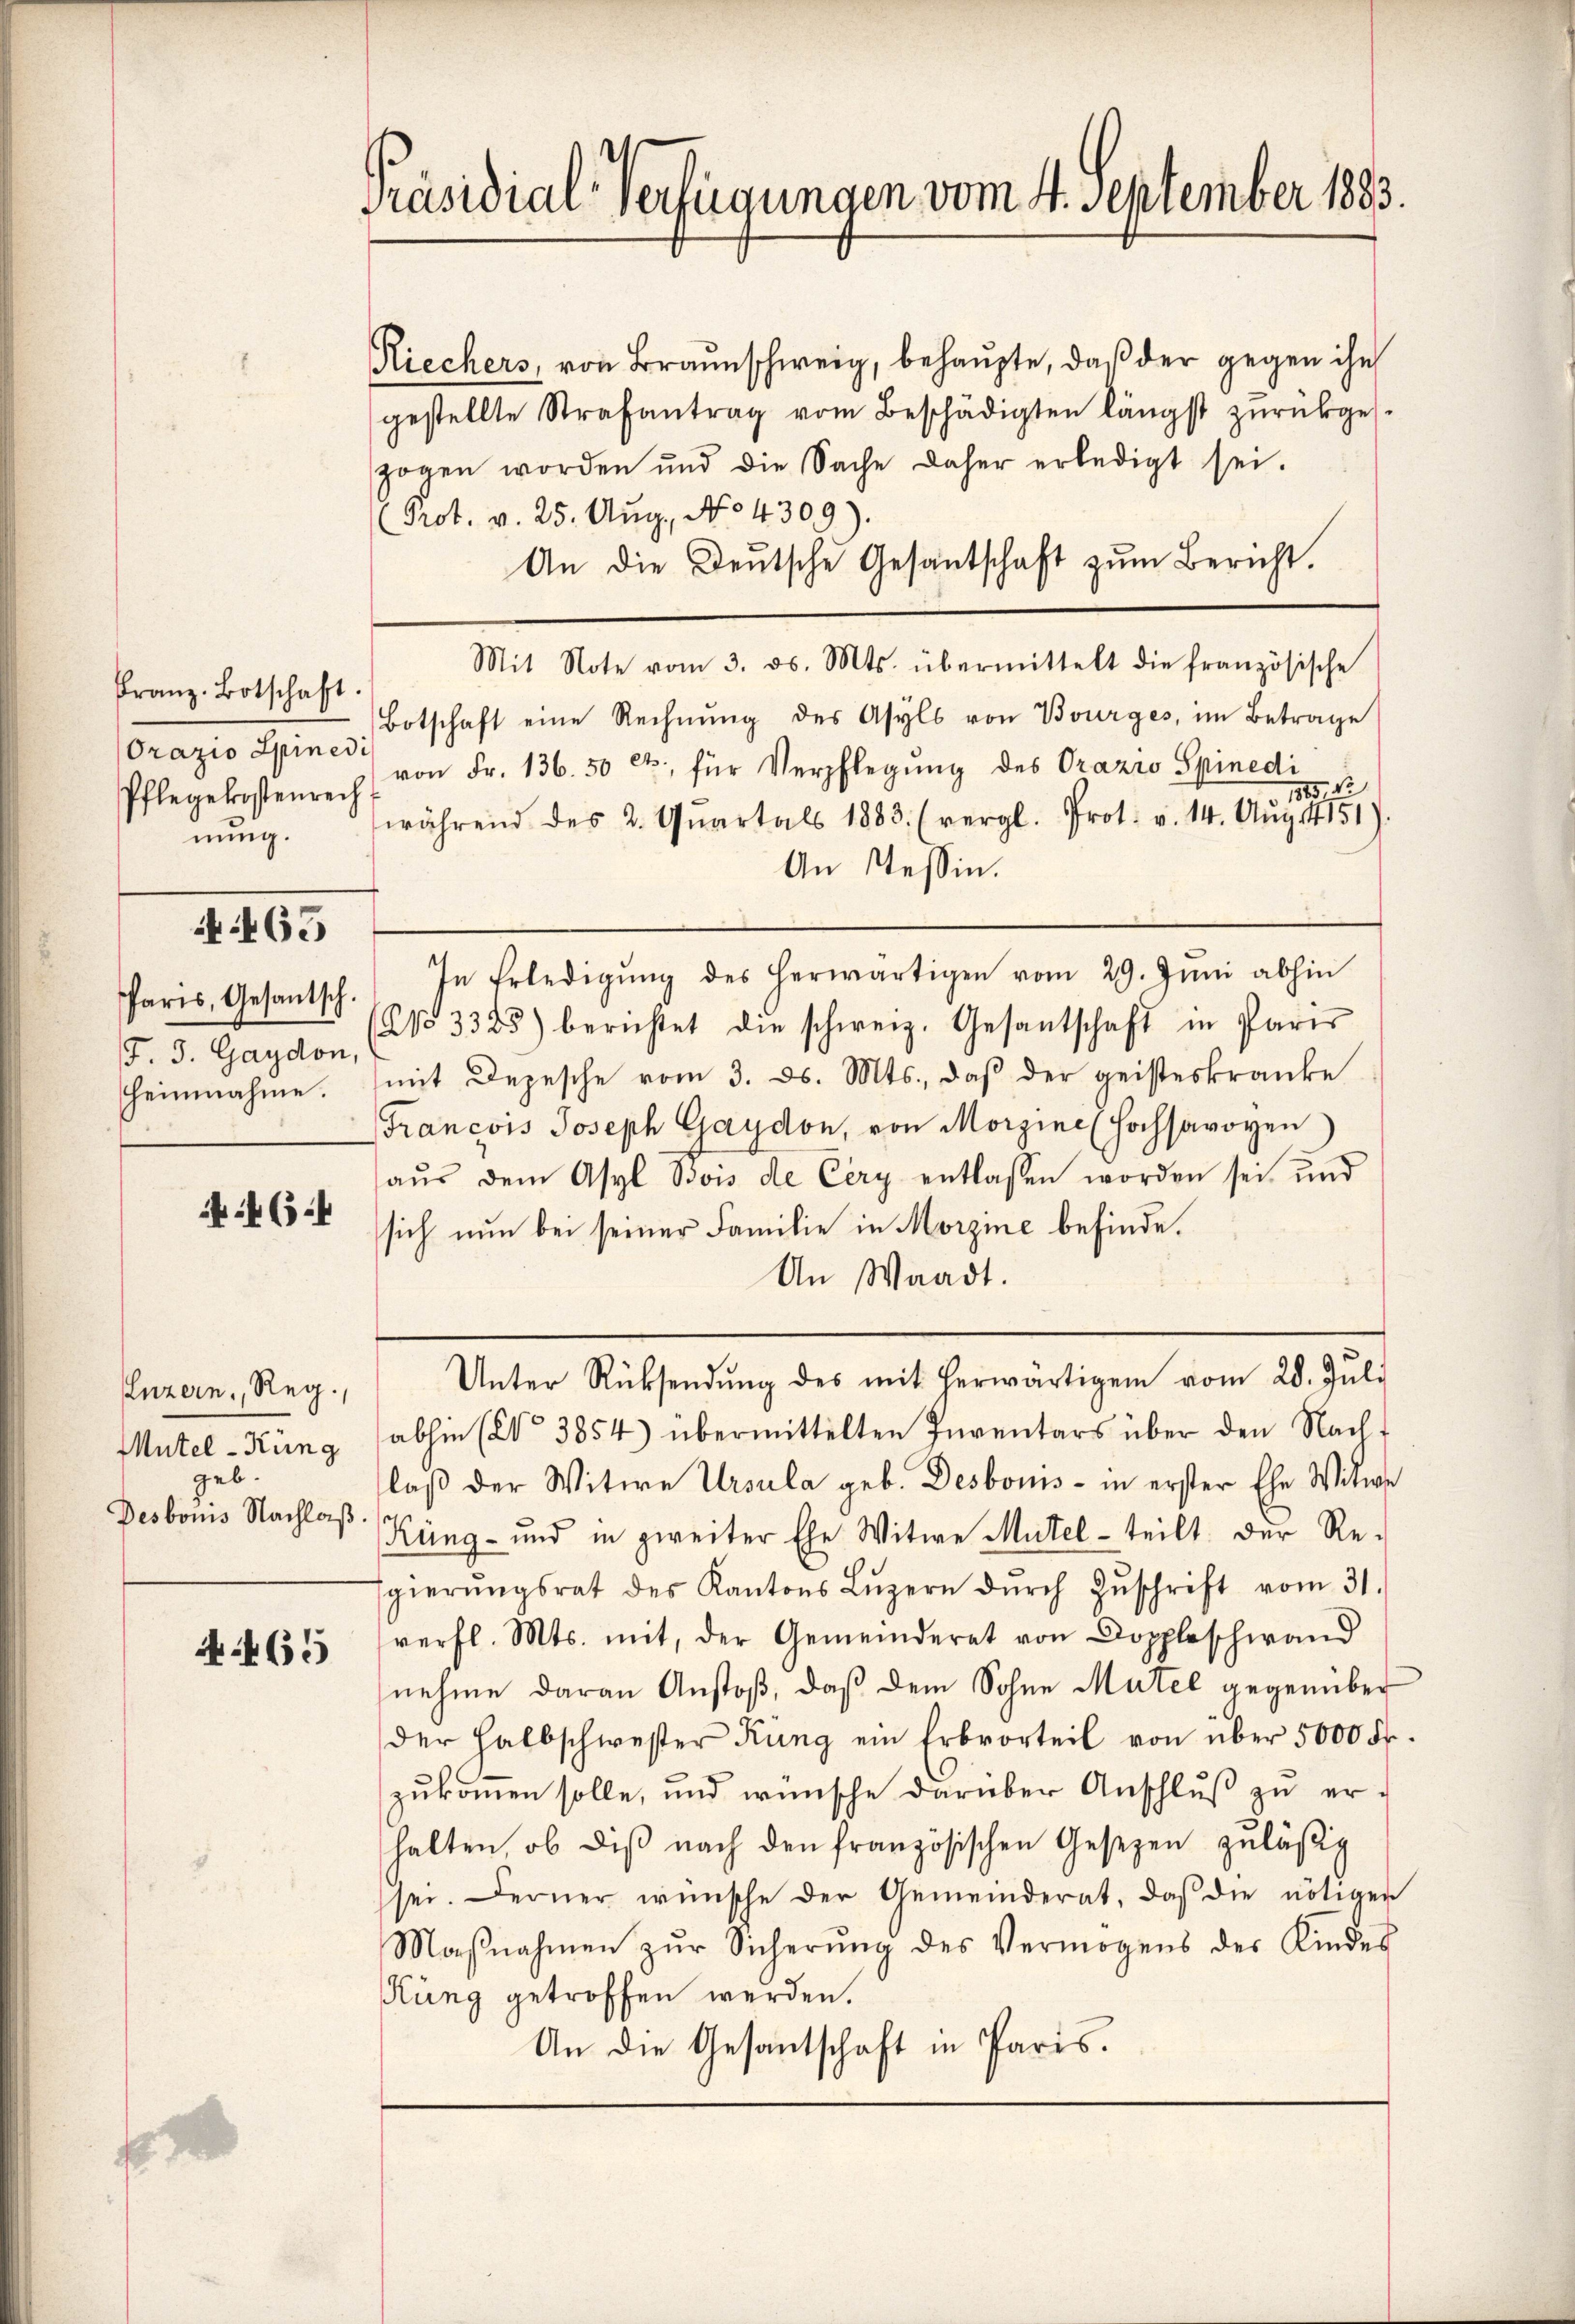
Franz Botschaft
Orazio Spinedi
Pflegekostenrech
nung.

463

Paris, Gesantsch.
F. J. Gaydon,
heimnahme.

464

Luzern, Reg.
Mütel-Küng
geb.
Desboms Nachlaß.

A.465

Präsidial-Verfügungen vom 4. September 1883.

Riechers, von Braŭnschweig, behaŭpte, daβ der gegen ihn
gestellte Strafantrag vom Beschädigten längst zurückges-
zogen worden und die Sache daher erledigt sei.
Prot. v. 25. Aŭg., No 4309).
An die Deutsche Gesantschaft zŭm Bericht.
Mit Note vom 3. ds. Mts. übermittelt die französische
Botschaft eine Rechnŭng des Asyls von Bourges, im Betrage
von Fr. 136. 50 ct, für Verpflegung des Orazio Spinedi
1815 1
während des 2. Qŭartals 1883 (vergl. Prot. v. 14. Aug. 1451).
An Tessin.
In Erledigŭng des herwärtigen vom 29. Jŭni abhin
No 3383) berichtet die schweiz. Gesantschaft in Paris
mit Depesche vom 3. ds. Mts., daß der geisteskranke
Francois Joseph Gaydon, von Morgine (Hochsavoyen
aŭs dem Asyl Bois de Cery entlassen worden sei, und
sich nun bei seiner Familie in Morzine befinde.
An Waadt.
Unter Rücksendŭng des mit herwärtigen vom 28. Jŭli
abhin (Co 3854) übermittelten Inventars über den Nach-
laß der Witwe Ursula geb. Desboms - in erster Ehe Witwe
Küng- und in zweiter Ehe Witwe Mütel- teilt. Der Re-
gierŭngsrat des Kantons Lŭzern dŭrch Zŭschrift vom 31.
verfl. Mts. mit, der Gemeinderat von Doppleschwand
nehme daran Anstoß, daß dem Sohne Mutel gegenüber
der halbschwester Rung ein Erborteil von über 5000 Fr.
zukommen solle, und wünsche darüber Anschluß zu erhalten, ob diβ nach den französischen Gesezen zuläßig
sei. Ferner wünsche der Gemeinderat, daβ die nötigen
Maβnahmen zŭr Sicherŭng des Vermögens der Kindes
ung getroffen werden.
An die Gesantschaft in Paris.